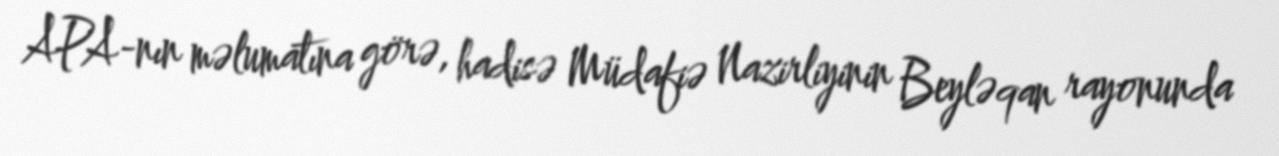
APA-nın məlumatına görə, hadisə Müdafiə Nazirliyinin Beyləqan rayonunda